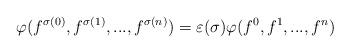
LaTeX: \begin{align*}\varphi (f^{\sigma (0)} , f^{\sigma (1)} ,..., f^{\sigma (n)}) = \varepsilon(\sigma) \varphi (f^0 , f^1 ,..., f^n) \end{align*}